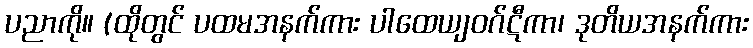
ပညာကို။ (ထိုတွင် ပထမအနက်ကား ပါထေယျဝဂ်ဋီကာ၊ ဒုတိယအနက်ကား